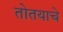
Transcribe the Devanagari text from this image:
तोतयाचे